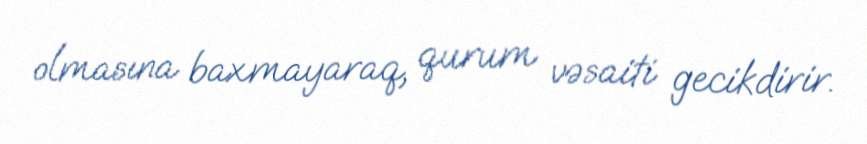
olmasına baxmayaraq, qurum vəsaiti gecikdirir.